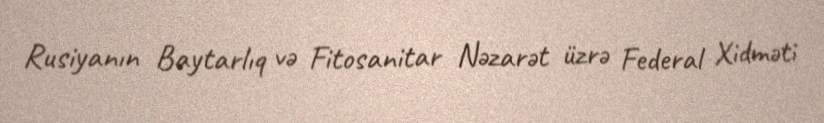
Rusiyanın Baytarlıq və Fitosanitar Nəzarət üzrə Federal Xidməti